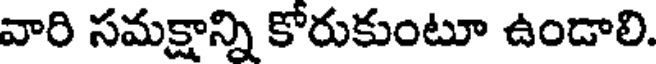
వారి సమక్షాన్ని కోరుకుంటూ ఉండాలి.